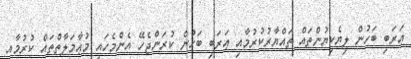
ޢަރަބި ބަހުން ލިޔެކިޔުންތައް ތައްޔާރުކުރުމާއި ޢަރަބި ބަހުން ކުރަންޖެހޭ އެންމެހައި މުޢާމަލާތްތައް ކުރުމާއި